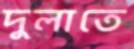
দুলাতে